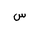
Letter: _sin